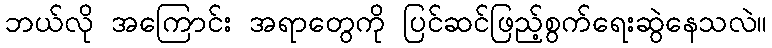
ဘယ်လို အကြောင်း အရာတွေကို ပြင်ဆင်ဖြည့်စွက်ရေးဆွဲနေသလဲ။